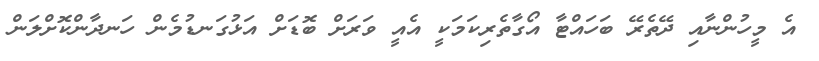
އެ މީހުންނާއި ދޭތެރޭ ބަހައްޓާ އޯގާތެރިކަމަކީ އެއީ ވަރަށް ބޮޑަށް އަޅުގަނޑުމެން ހަނދާންކޮށްލަން